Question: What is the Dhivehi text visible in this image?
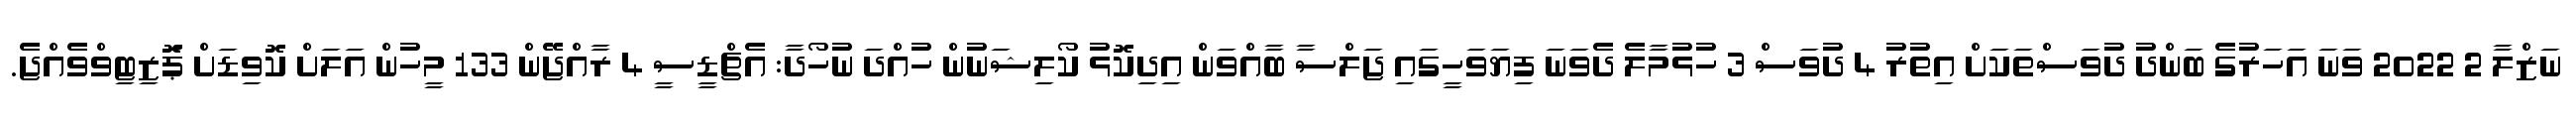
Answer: ނަޒްލާ 2 2022 ވަނަ އަހަރުގެ ބަންދު ދުވަސްތަކަށް އިތުރު 4 ދުވަސް 3 ހުޅުމާލެ ދެވަނަ ފިޔަވަހީގައި ޖަލްސާ ބާއްވަން އިދިކޮޅު ކޯލިޝަނުން ހުއްދަ ނުހޯދާ: އެޗްޑީސީ 4 ރާއްޖޭން 133 މީހުން އަލަށް ކޮވިޑަށް ޕަޮޒިޓިވްވެއްޖެ.